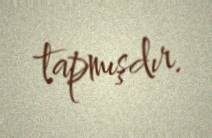
tapmışdır.